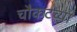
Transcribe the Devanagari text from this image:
चौकटच्या